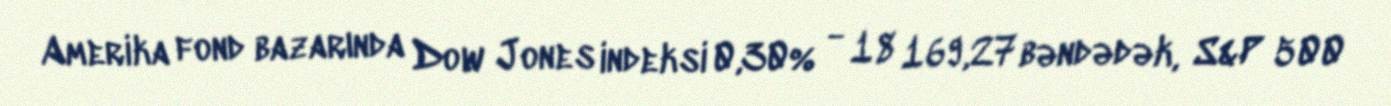
Amerika fond bazarında Dow Jones indeksi 0,30% - 18 169,27 bəndədək, S&P 500